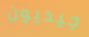
جيديون